Vaccination in Bombay 1913-1923 - 1913-1923
Year: 1913
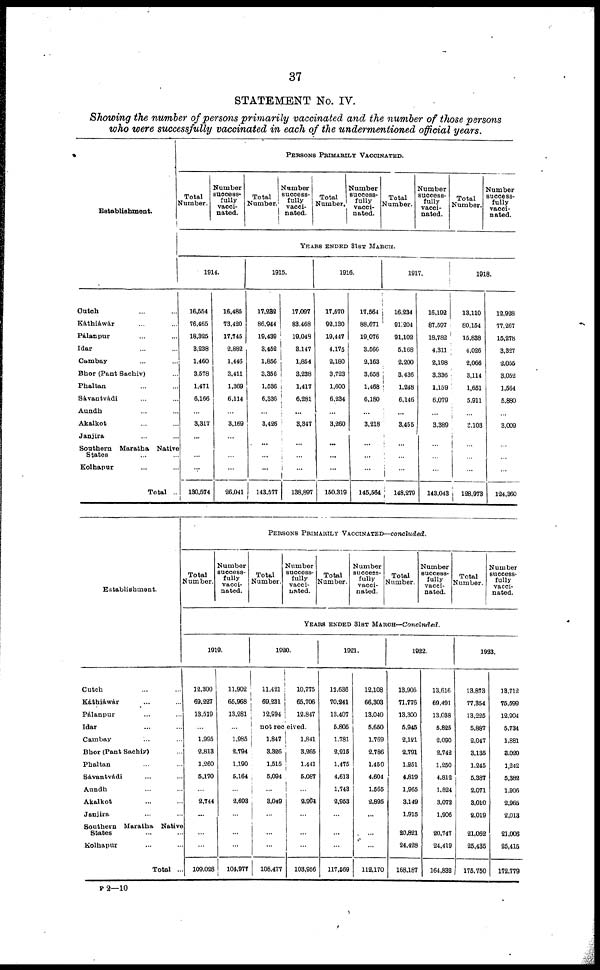
37
STATEMENT No. IV.
Showing the number of persons primarily vaccinated and the number of those persons
who were successfully vaccinated in each of the undermentioned official years.
Establishment.
Cutch ... ...
Káthiáwár ... ...
Pálanpur ... ...
Idar ... ...
Cambay ... ...
Bhor (Pant Sachiv) ...
Phaltan ... ...
Sávantvádi ... ...
Aundh ... ...
Akalkot ... ...
Janjira ... ...
Southern
Maratha
Native
States ... ...
Kolhapur ... ...
Total ..
PERSONS PRIMARILY VACCINATED.
Total
Number.
Number
success-
fully
vacci-
nated.
Total
Number.
Number
success-
fully
vacci¬
nated.
Total
Number.
Number
success-
fully
vacci-
nated.
Total
Number.
Number
success-
fully
vacci-
nated.
Total
Number.
Number
success-
fully
vacci-
nated.
YEARS ENDED 31ST MARCH.
1914.
16,554
76,465
18,325
3,238
1,460
3,578
1,471
6,166
...
3,317
...
...
...
130,574
16,485
73,420
17,746
2,882
1,446
3,411
1,369
6,114
...
3,169
...
...
...
26,041
1915.
17,282
86,944
19,439
3,452
1,856
3,356
1,536
6,336
...
3,426
...
...
...
143,577
17,097
83,468
19,048
3,147
1,854
3,238
1,417
6,281
...
3,347
...
...
...
138,897
1916.
17,570
92,130
19,447
4,175
2,180
3,723
1,600
6,234
...
3,260
...
...
...
150,319
17,564
88,671
19,076
3,566
2,163
3,658
1,468
6,180
...
3,218
...
...
...
145,664
1917.
16,234
91,204
91,102
5,168
2,200
3,436
1,248
6,146
...
3,455
...
...
...
148,279
16,192
87,597
18,782
4,311
2,198
3,336
1,159
6,079
...
3,389
...
...
...
143,043
1918.
13,110
80,154
15,838
4,026
2,066
3,114
1,651
5,911
...
3,103
...
...
...
128,973
12,928
77,267
15,278
3,827
2,055
3,052
1,564
5,880
...
3,009
...
...
...
124,360
Establishment.
Cutch ... ...
Káthiáwár ... ...
Pàlanpur ... ...
Idar ... ...
Cambay ... ...
Bhor (Pant Sachiv) ...
Phaltan ... ...
Sávantvádi ... ...
Aundh ... ...
Akalkot ... ...
Janjira
Southern
Maratha
Native
States ... ...
Kolhapur ... ...
Total ...
PERSONS PRIMARILY VACCINATED—concluded.
Total
Number.
Number
success-
fully
vacci-
nated.
Total
Number.
Number
success-
fully
vacci-
nated.
Total
Number.
Number
success-
fully
vacci-
nated.
Total
Number.
Number
success-
fully
vacci-
nated.
Total
Number.
Number
success-
fully
vacci-
nated.
YEARS ENDED 31ST MARCH—Concluded.
1919.
12,300
69,227
13,519
...
1,995
2,813
1,260
5,170
...
2,744
...
...
...
109,028
11,902
65,968
13,281
...
1,985
2,794
1,190
5,164
...
2,693
...
...
...
104,977
1920.
11,421
69,231
12,994
10,775
65,706
12,847
not received.
1,847
3,326
1,515
5,094
...
3,049
...
...
...
108,477
1,841
3,265
1,441
5,087
...
2,994
...
...
...
103,966
1921.
12,636
70,241
13,407
5,805
1,781
2,915
1,475
4,613
1,743
2,953
...
...
...
117,569
12,108
66,303
13,040
5,650
1,769
2,786
1,450
4,604
1,565
2,895
...
...
...
112,170
1922.
13,906
71,776
13,300
5,945
2,121
2,791
1,251
4,819
1,965
3,149
1,915
20,821
24,428
168,187
13,616
69,491
13,038
5,825
2,090
2,742
1,250
4,812
1,824
3,072
1,906
20,747
24,419
164,832
1923.
13,873
77,354
13,225
5,887
2,047
3,135
1,245
5,387
2,071
3,010
2,019
21,062
25,435
175,760
13,712
76,599
12,904
5,734
1,881
8,020
1,242
5,382
1,906
2,965
2,013
21,006
25,415
172,779
P 2—10